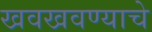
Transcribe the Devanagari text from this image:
खवखवण्याचे